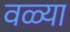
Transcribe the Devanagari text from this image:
वळ्या